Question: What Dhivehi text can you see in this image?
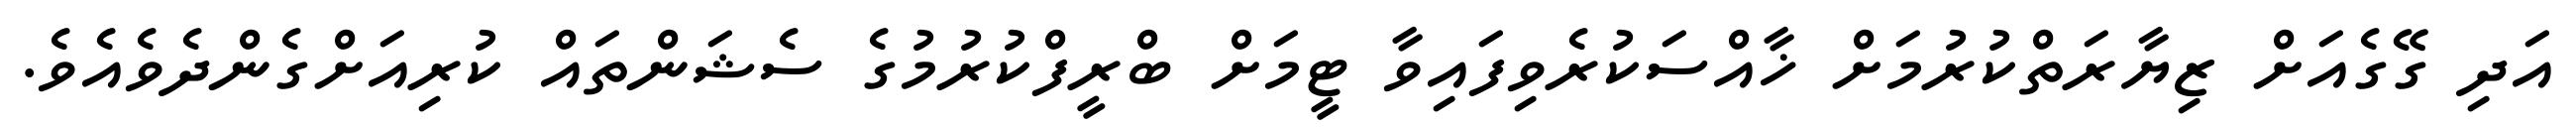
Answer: އަދި ގޭގެއަށް ޒިޔާރަތްކުރުމަށް ޚާއްސަކުރެވިފައިވާ ޓީމަށް ބްރީފްކުރުމުގެ ސެޝަންތައް ކުރިއަށްގެންދެވެއެވެ.